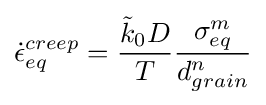
{\dot {\epsilon }}_{eq}^{creep}={\frac {{\tilde {k}}_{0}D}{T}}{\frac {\sigma _{eq}^{m}}{d_{grain}^{n}}}